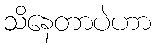
သိနေတာပဲဟာ